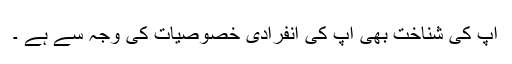
آپ کی شناخت بھی آپ کی انفرادی خصوصیات کی وجہ سے ہے ۔